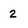
Character: 2